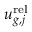
u _ { g , j } ^ { \mathrm { r e l } }